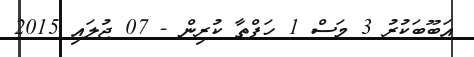
އަބޫބަކުރު 3 މަސް 1 ހަފްތާ ކުރިން - 07 ޖުލައި 2015